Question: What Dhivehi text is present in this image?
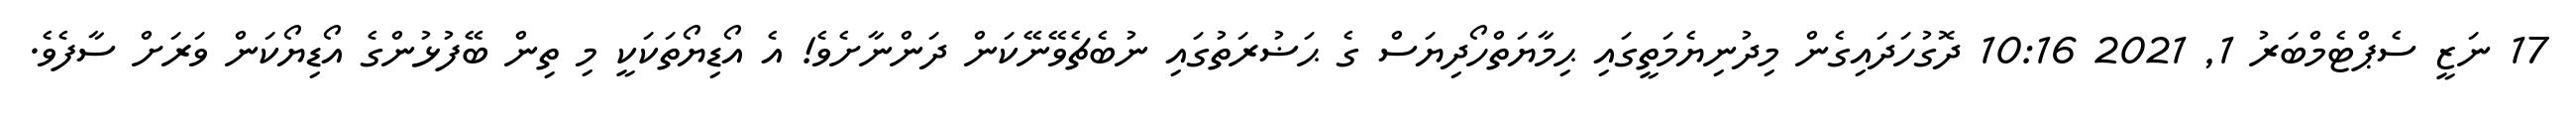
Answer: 17 ނަޒީ ސެޕްޓެމްބަރު 1, 2021 10:16 ދޮގުހަދައިގެން މިދުނިޔެމަތީގައި ޙިމާޔަތްހޯދިޔަސް ގެ ޙަޟުރަތުގައި ނުބެޗެވޭނޭކަން ދަންނާށެވެ! އެ އޯޑިޔޯތަކަކީ މި ތިން ބޭފުޅުންގެ އޯޑިޔޯކަން ވަރަށް ސާފެވެ.